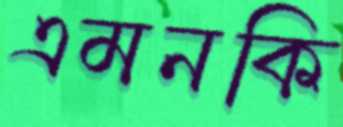
এমনকি